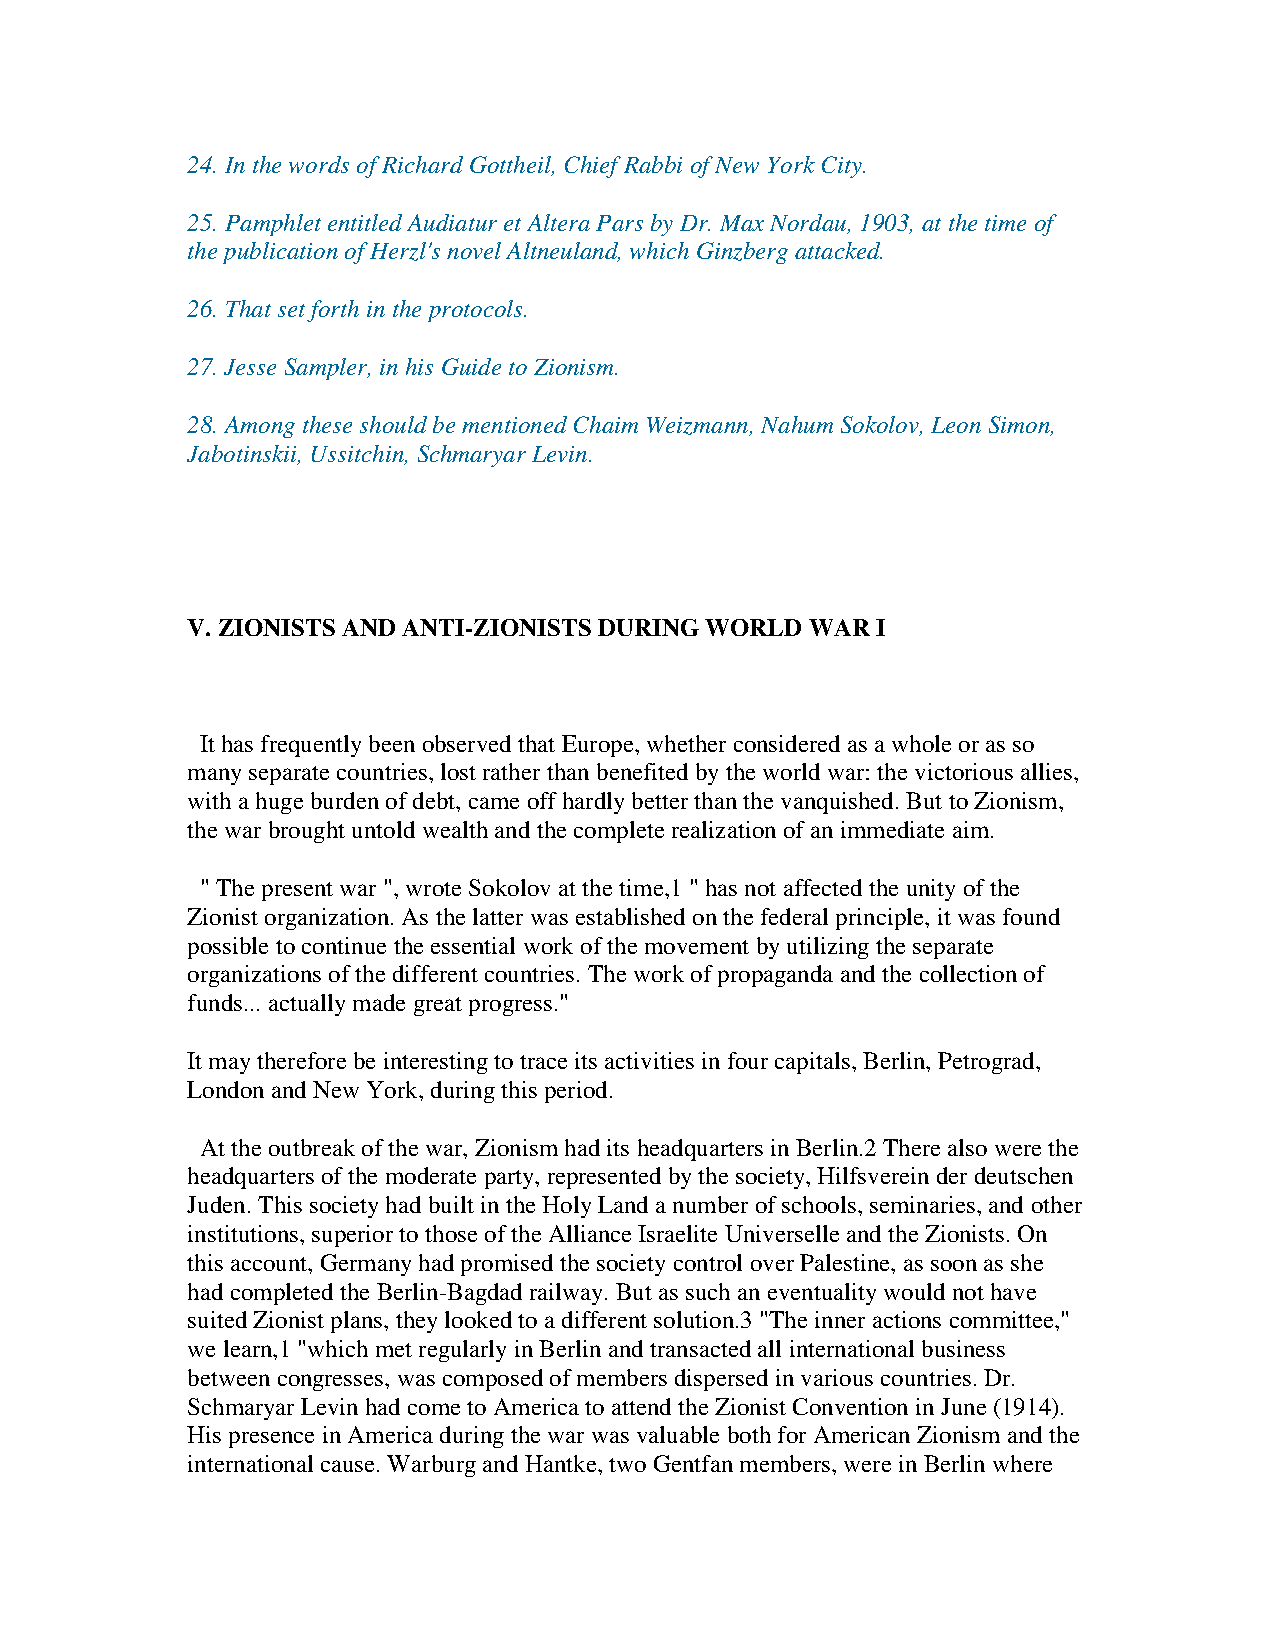
24. In the words of Richard Gottheil, Chief Rabbi of New York City.
 25. Pamphlet entitled Audiatur et Altera Pars by Dr. Max Nordau, 1903, at the time of
 the publication of Herzl's novel Altneuland, which Ginzberg attacked.
 26. That set forth in the protocols.
 27. Jesse Sampler, in his Guide to Zionism.
 28. Among these should be mentioned Chaim Weizmann, Nahum Sokolov, Leon Simon,
 Jabotinskii, Ussitchin, Schmaryar Levin.
 V. ZIONISTS AND ANTI-ZIONISTS DURING WORLD WAR I
 It has frequently been observed that Europe, whether considered as a whole or as so
 many separate countries, lost rather than benefited by the world war: the victorious allies,
 with a huge burden of debt, came off hardly better than the vanquished. But to Zionism,
 the war brought untold wealth and the complete realization of an immediate aim.
 " The present war ", wrote Sokolov at the time,1 " has not affected the unity of the
 Zionist organization. As the latter was established on the federal principle, it was found
 possible to continue the essential work of the movement by utilizing the separate
 organizations of the different countries. The work of propaganda and the collection of
 funds... actually made great progress."
 It may therefore be interesting to trace its activities in four capitals, Berlin, Petrograd,
 London and New York, during this period.
 At the outbreak of the war, Zionism had its headquarters in Berlin.2 There also were the
 headquarters of the moderate party, represented by the society, Hilfsverein der deutschen
 Juden. This society had built in the Holy Land a number of schools, seminaries, and other
 institutions, superior to those of the Alliance Israelite Universelle and the Zionists. On
 this account, Germany had promised the society control over Palestine, as soon as she
 had completed the Berlin-Bagdad railway. But as such an eventuality would not have
 suited Zionist plans, they looked to a different solution.3 "The inner actions committee,"
 we learn,1 "which met regularly in Berlin and transacted all international business
 between congresses, was composed of members dispersed in various countries. Dr.
 Schmaryar Levin had come to America to attend the Zionist Convention in June (1914).
 His presence in America during the war was valuable both for American Zionism and the
 international cause. Warburg and Hantke, two Gentfan members, were in Berlin where